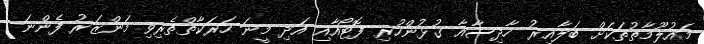
މައުލޫމާތުތަކަށް ބަލާއިރު ހާދިސާއާ ގުޅުންހުރި ފޮޓޯއާއި އަދި މީނަ ހަރަކާތްތެރިވި މަންޒަރު ފެންނަ